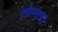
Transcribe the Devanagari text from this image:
लोन्तरा